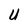
Character: U